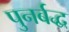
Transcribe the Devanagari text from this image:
पुनर्बद्ध